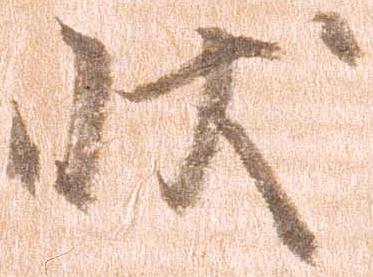
状